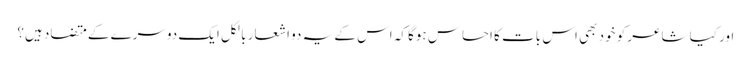
اور کیا شاعر کو خود بھی اس بات کا احساس ہوگا کہ اس کے یہ دو اشعار بالکل ایک دوسرے کے متضاد ہیں؟